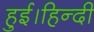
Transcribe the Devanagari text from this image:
हुई।हिन्दी